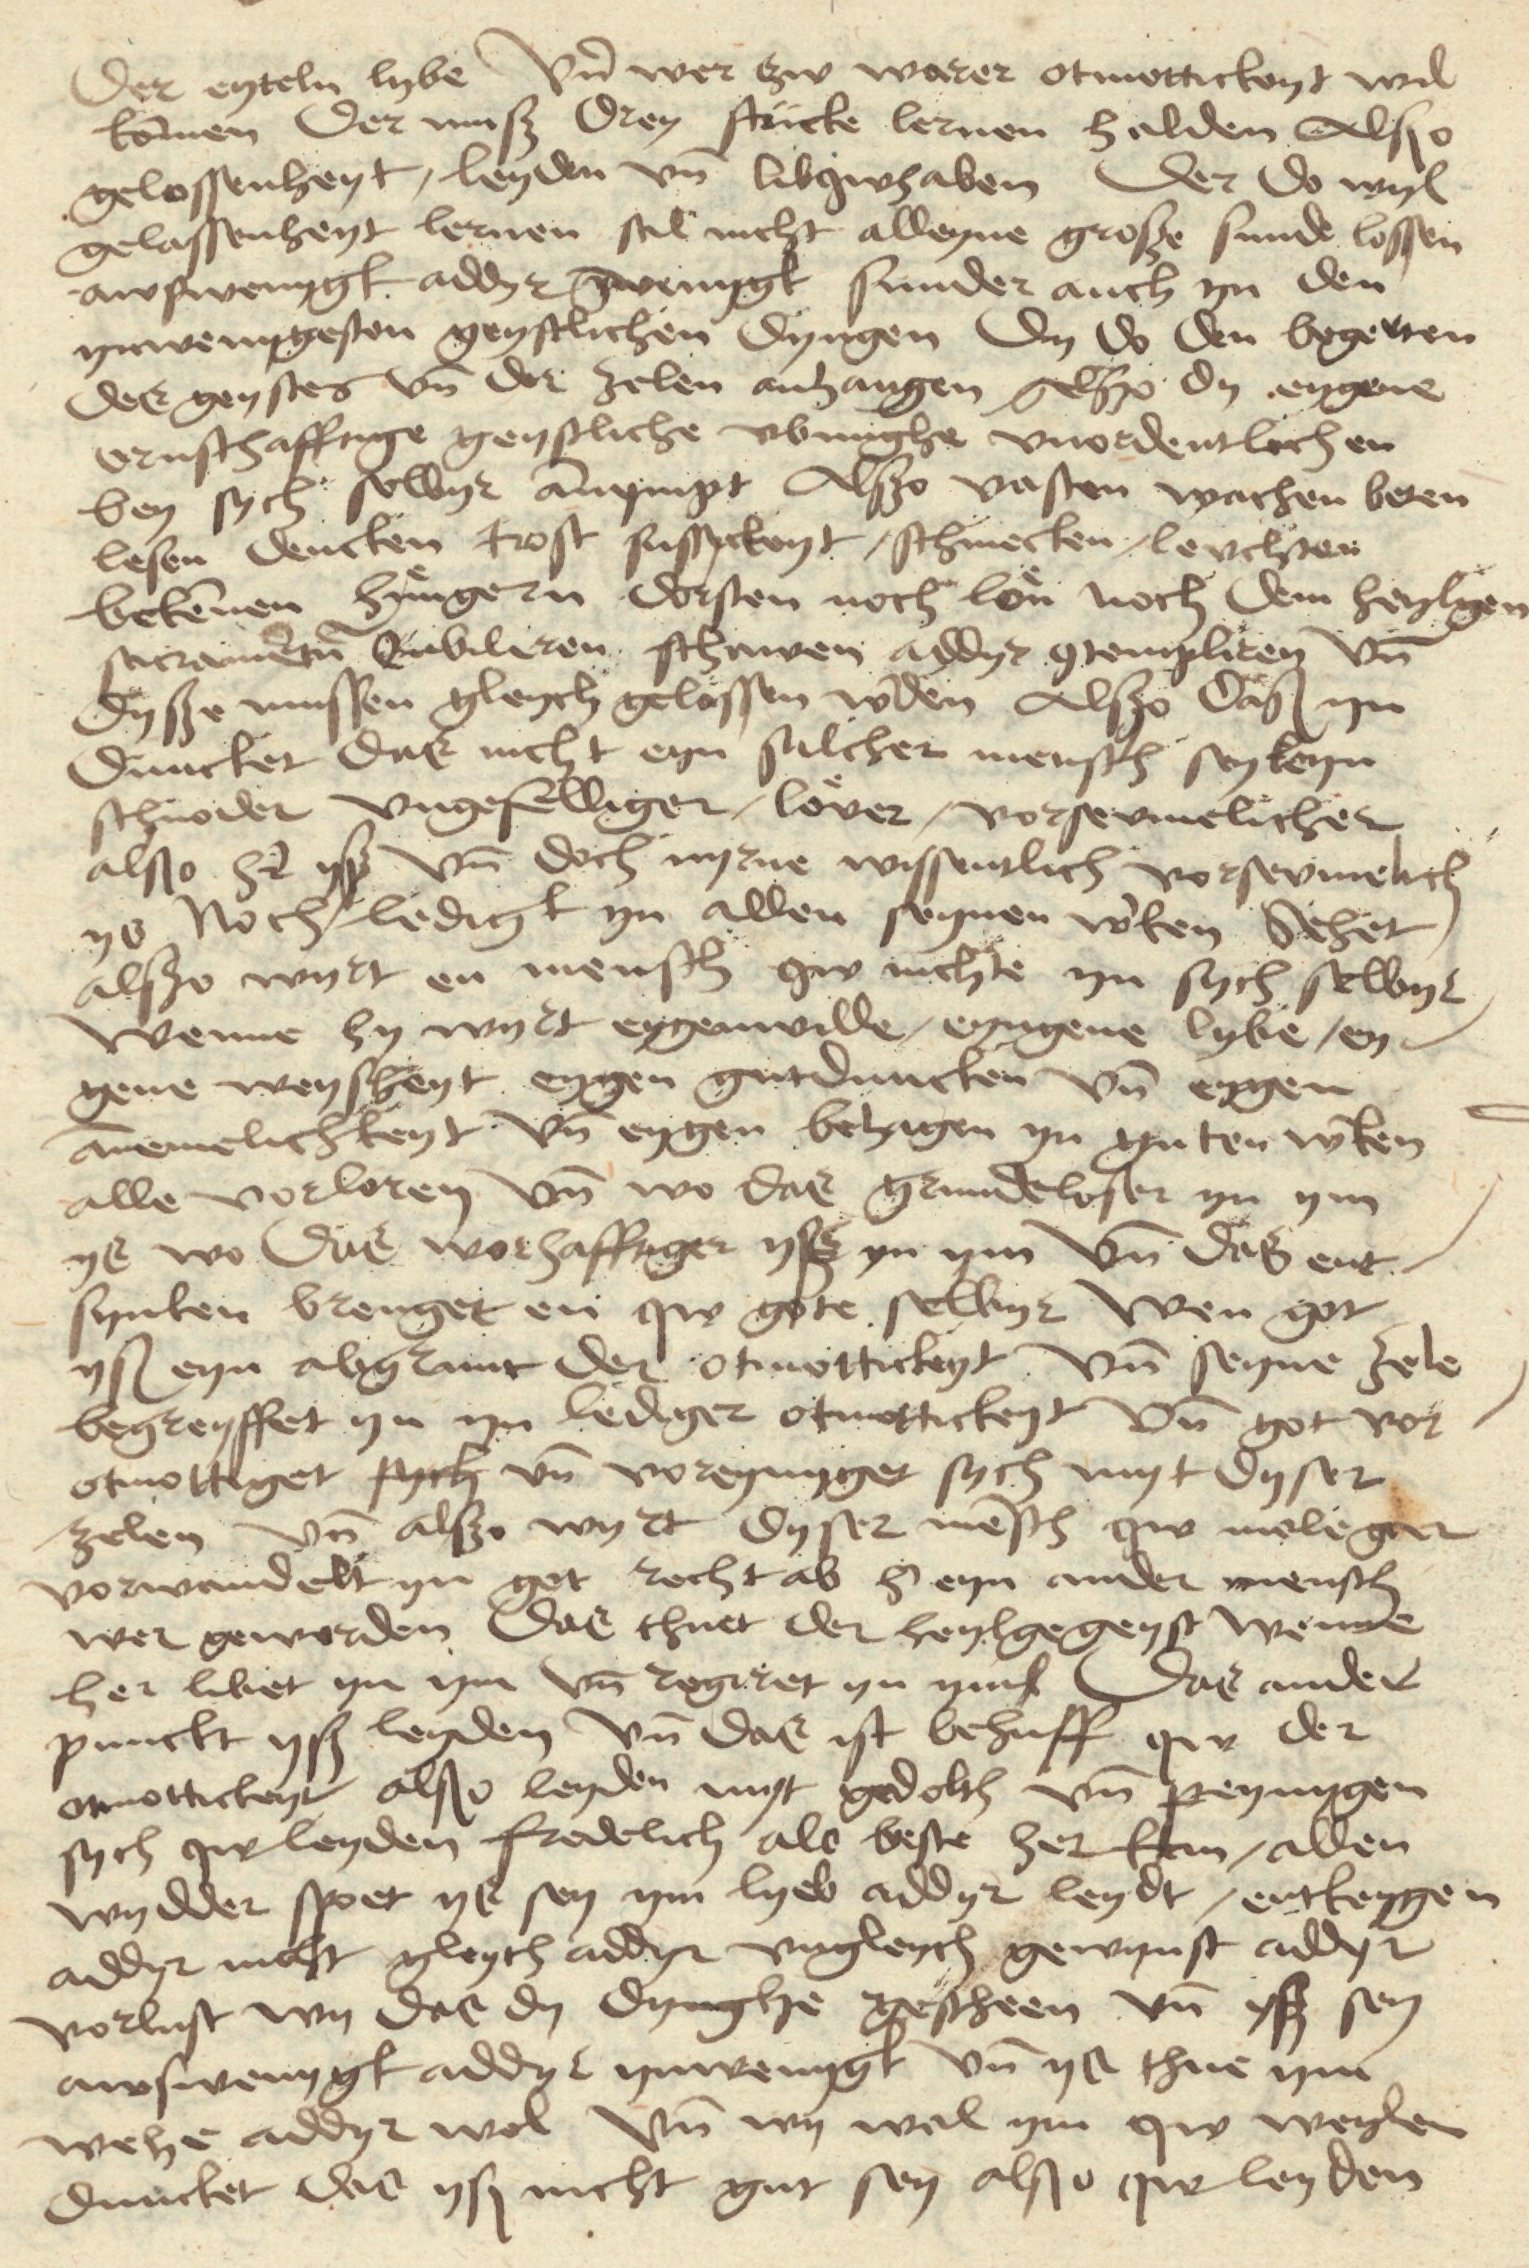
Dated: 1480–1499